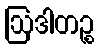
ဩဒါတဉ္စ